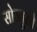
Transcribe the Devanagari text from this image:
सोस्यूरचे